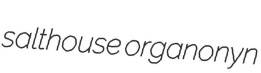
salthouse organonyn